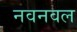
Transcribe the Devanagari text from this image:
नवनवल